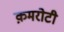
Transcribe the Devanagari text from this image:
क़मरोटी